Report on vaccination in Madras 1904-1921 - 1904-1921
Year: 1904
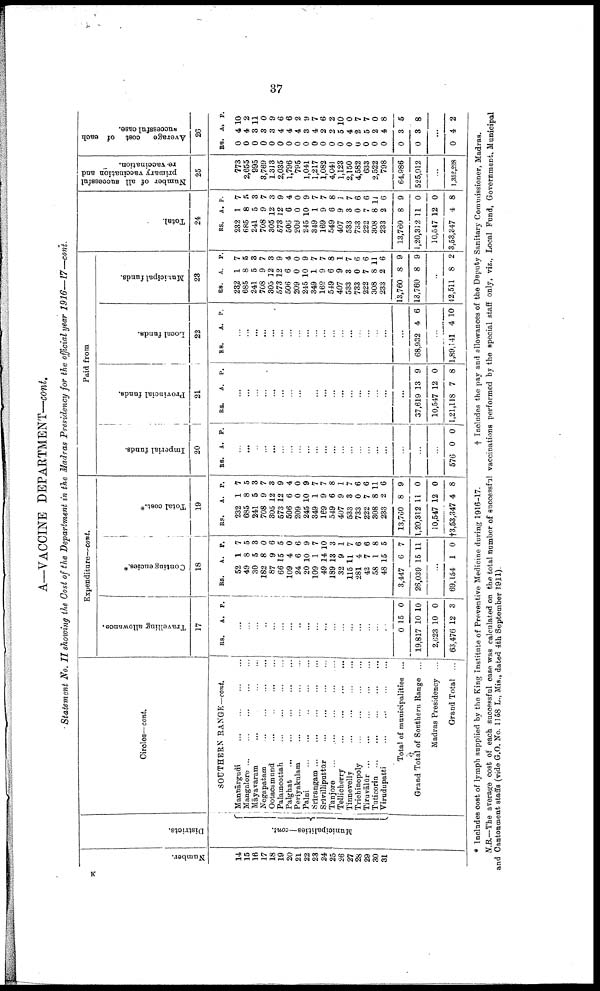
37
A—VACCINE DEPARTMENT—cont.
Statement No. II showing the Cost of the Department in the Madras Presidency for the official year 1916—17—cont.
Number.
14
15
16
17
18
19
20
21
22
23
24
25
26
27
28
29
30
31
Districts.
Municipalities—cont.
Circles—cont.
SOUTHERN RANGE-cont.
Mannārgudi
...
...
...
...
Mangalore
...
...
...
...
Māyavaram
...
...
...
...
Negapatam ... ... ... ...
Ootacamund ... ... ... ...
Palamcottah
...
...
...
...
Palghat
...
...
...
...
Periyakulam
...
...
...
...
Palni
...
...
...
...
Srirangam
...
...
...
...
Srivilliputtūr
...
...
...
...
Tanjore ... ... ... ...
Tellicherry
...
...
...
...
Tinnevelly
...
...
...
...
Trichinopoly
...
...
...
...
Tiruvālūr
...
...
...
...
Tuticorin
...
...
...
...
Virudupatti
...
...
...
...
Total of municipalities ...
Grand Total of Southern Range ...
Madras Presidency ...
Grand Total ...
Expenditure—cont.
Travelling allowance.
17
RS.
A. P.
...
...
...
...
...
...
...
...
...
...
...
...
...
...
...
...
...
...
0
19,817
2,623
63,476
15
10
10
12
0
10
0
3
Contingencies.*
18
RS.
52
49
30
182
87
66
109
24
20
109
49
189
32
115
281
42
58
48
3,447
26,039
A.
1
8
5
8
9
15
4
6
10
1
14
13
9
11
4
7
1
15
6
15
P.
7
5
3
0
6
5
0
6
9
7
10
3
1
7
6
6
8
5
7
11
...
69,154 1 0
Total cost.*
19
RS.
232
685
241
708
305
573
506
209
245
349
169
549
407
533
733
222
308
233
13,760
1,20,312
10,547
†3,63,347
A.
1
8
5
9
12
12
6
0
10
1
9
6
9
8
0
7
8
2
8
11
12
4
P.
7
5
3
7
3
9
4
0
9
7
7
8
1
7
6
6
11
6
9
0
0
8
Paid from
I mper i
al f unds .
20
RS. A. P.
...
...
...
...
...
...
...
...
...
...
...
...
...
...
...
...
...
...
...
...
576 0 0
Provincial funds.
21
RS. A.
P.
...
...
...
...
...
...
...
...
...
...
...
...
...
...
...
...
...
...
...
37,619
10,547
1,21,118
13
12
7
9
0
8
Local funds.
22
RS.
A.
P.
...
...
...
...
...
...
...
...
...
...
...
...
...
...
...
...
...
...
...
68,932 4 6
...
1,89,141 4 10
Municipal funds.
23
RS.
232
685
241
708
305
573
506
209
245
349
169
549
407
533
733
222
308
233
13,760
13,760
A.
1
8
5
9
12
12
6
0
10
1
9
6
9
3
0
7
8
2
8
8
P.
7
5
3
7
3
9
4
0
9
7
7
8
1
7
6
6
11
6
9
9
...
42,511 8 2
Total.
24
RS.
232
685
241
708
305
573
506
209
245
349
169
549
407
533
733
222
308
233
13,760
1,20,312
10,547
3,53,347
A.
1
8
5
9
12
12
6
0
10
1
9
6
9
3
0
7
8
2
8
11
12
4
P.
7
5
3
7
3
9
4
0
9
7
7
8
1
7
6
6
11
6
9
0
0
8
Number of all successful
primary vaccination and
re-vaccination.
25
773
2,655
995
3,769
1,313
2,035
1,796
795
1,041
1,217
1,082
4,041
1,123
2,150
4,582
633
2,522
798
64,986
525,912
...
1,352,228
Average
cost of each
successful case.
26
RS.
0
0
0
0
0
0
0
0
0
0
0
0
0
0
0
0
0
0
0
0
A
4
4
3
3
3
4
4
4
3
4
2
2
5
4
2
5
2
4
3
3
P.
10
2
11
0
9
6
6
2
9
7
6
2
10
0
7
7
0
8
5
8
...
0 4 2
* Includes cost of lymph supplied by the King Institute of Preventive Medicine during 1916-17.
† Includes the pay and allowances of the Deputy Sanitary Commissioner, Madras.
N.B.—The average cost of each successful case was calculated on the total number of successful vaccinations performed by the special staff only, viz., Local Fund, Government, Municipal
and Cantonment staffs (vide G.O. No. 1158 L., Mis., dated 4th September 1911).
K